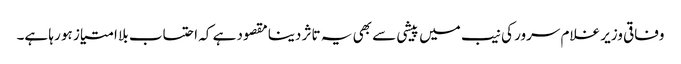
وفاقی وزیر غلام سرور کی نیب میں پیشی سے بھی یہ تاثر دینا مقصود ہے کہ احتساب بلا امتیاز ہو رہا ہے۔